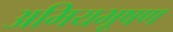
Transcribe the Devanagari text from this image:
अमियभूषण